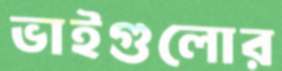
ভাইগুলোর